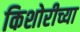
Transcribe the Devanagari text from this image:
किशोरीच्या